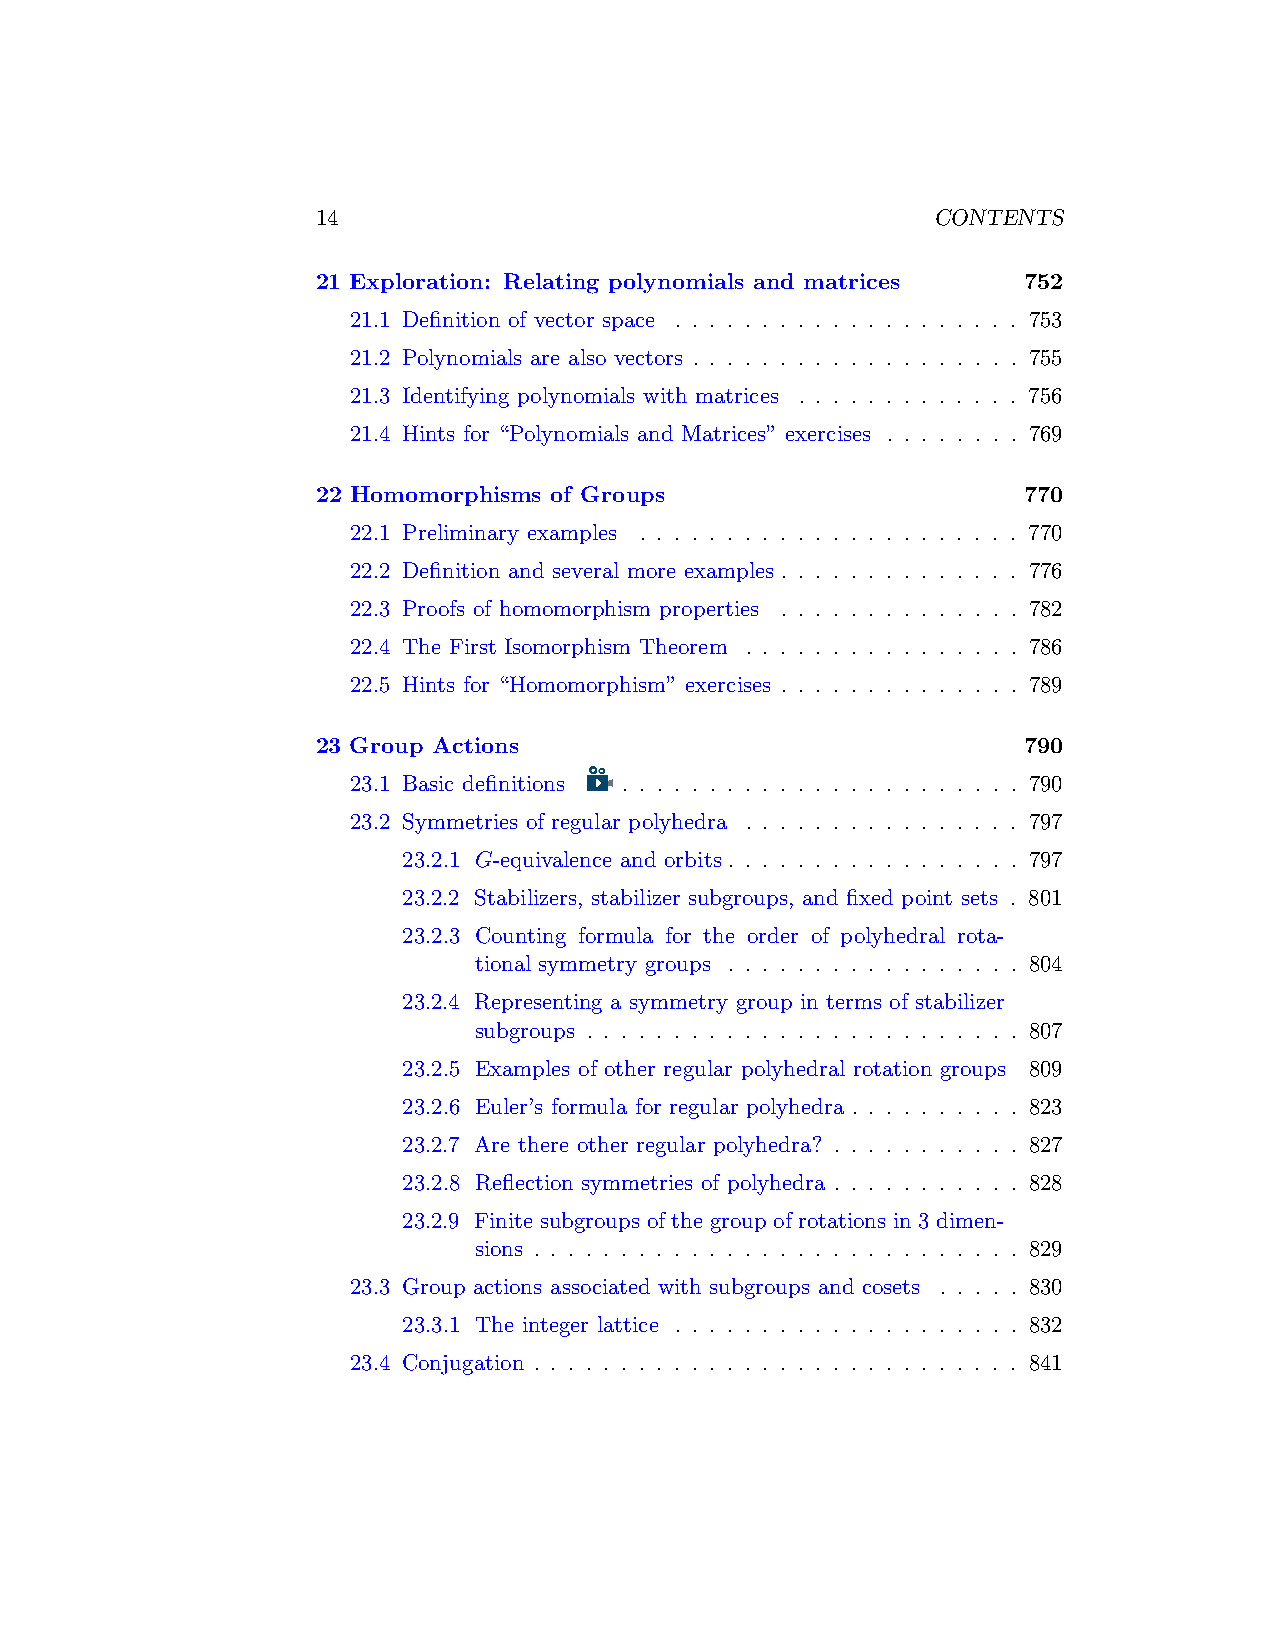
14                                       CONTENTS
 21 Exploration: Relating polynomials and matrices 752
 21.1 Definition of vector space . . . . . . . . . . . . . . . . . . . . 753
 21.2 Polynomials are also vectors . . . . . . . . . . . . . . . . . . . 755
 21.3 Identifying polynomials with matrices . . . . . . . . . . . . . 756
 21.4 Hints for “Polynomials and Matrices” exercises . . . . . . . . 769
 22 Homomorphisms of Groups                     770
 22.1 Preliminary examples . . . . . . . . . . . . . . . . . . . . . . 770
 22.2 Definition and several more examples . . . . . . . . . . . . . . 776
 22.3 Proofs of homomorphism properties . . . . . . . . . . . . . . 782
 22.4 The First Isomorphism Theorem . . . . . . . . . . . . . . . . 786
 22.5 Hints for “Homomorphism” exercises . . . . . . . . . . . . . . 789
 23 Group Actions                               790
 23.1 Basic definitions . . . . . . . . . . . . . . . . . . . . . . . 790
 23.2 Symmetries of regular polyhedra . . . . . . . . . . . . . . . . 797
 23.2.1 G-equivalence and orbits . . . . . . . . . . . . . . . . . 797
 23.2.2 Stabilizers, stabilizer subgroups, and fixed point sets . 801
 23.2.3 Counting formula for the order of polyhedral rota-
 tional symmetry groups . . . . . . . . . . . . . . . . . 804
 23.2.4 Representing a symmetry group in terms of stabilizer
 subgroups . . . . . . . . . . . . . . . . . . . . . . . . . 807
 23.2.5 Examples of other regular polyhedral rotation groups 809
 23.2.6 Euler’s formula for regular polyhedra . . . . . . . . . . 823
 23.2.7 Are there other regular polyhedra? . . . . . . . . . . . 827
 23.2.8 Reflection symmetries of polyhedra . . . . . . . . . . . 828
 23.2.9 Finite subgroups of the group of rotations in 3 dimen-
 sions . . . . . . . . . . . . . . . . . . . . . . . . . . . . 829
 23.3 Group actions associated with subgroups and cosets . . . . . 830
 23.3.1 The integer lattice . . . . . . . . . . . . . . . . . . . . 832
 23.4 Conjugation . . . . . . . . . . . . . . . . . . . . . . . . . . . . 841